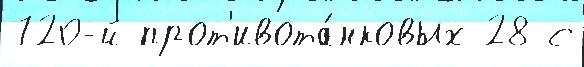
720-й прот'ивота́нковых 28 с